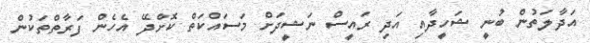
އަދާލަތުން ބުނީ ޝަހީދާއި އަދި ރައީސް ނަޝީދަށް މަސައްކަތް ކޮށްދޭ އެހެން ފަރާތްތަކުން